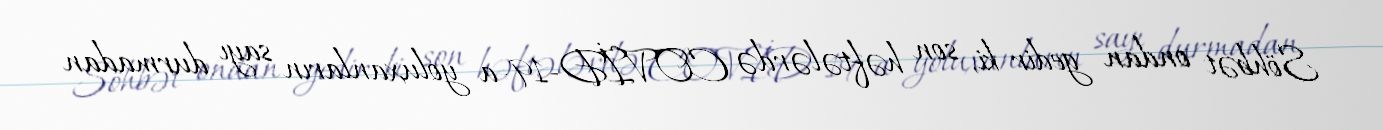
Söhbət ondan gedir ki, son həftələrdə COVİD-19-a yoluxanların sayı durmadan